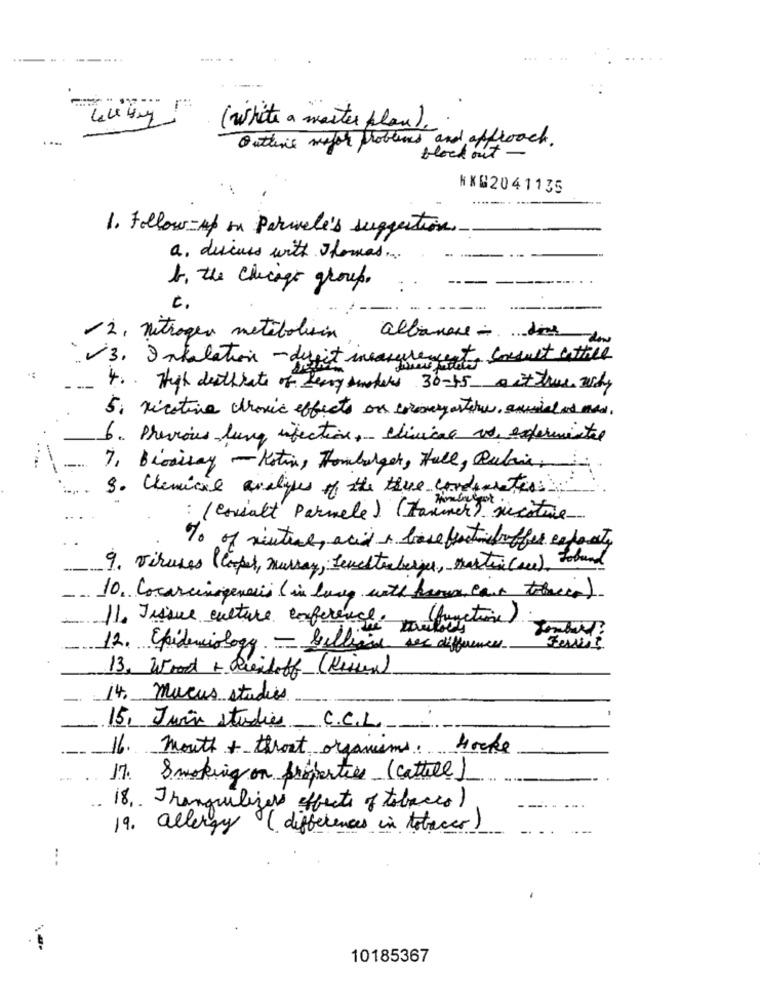
..
( White a master plan).
Outline major problems and approach.
block out -
NX62041135
1. Follow-up in Parcele's suppection
a. discuss with Thomas ...
--
b. the chicago group.
-------
2. nitrogen metabolisin albanese die aon
3. Intalation - digit incasurement, cesnet wttill
4 .. That deathrate of Leary dmodels 30-55 a it true why
5. nicotine chronic effects on cormayartore, anidad and med.
6. Previous lung infection, clinical as enfermenter
--
7. Biosisay - Kotin, Hamburger, Hall, Rabais,
3. Chemical analyses of the the conductor
: ( casialt Parmele) (Hammer) justice
To of nintue, acid a base fractionstoffer expects
9. viruses (Copet, murray, fenestraberger, martin (ace), forbund
10. Cocarcinogenesis ( in lung with hama, cais tobacco).
(function)
11. Tissue culture experience. polis
12. Epidemiology - Selling sec differences
13. Wood + Queiloff (Krisen)
14. marcus studies
-
15, Juin studies C.C.L
16. mouth + throat organisms.
Hocke
17. Smoking on properties (cattell)
18 .. Tranquilizers effects of tobacco)
19. allergy (differences in tobacco)
10185367